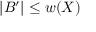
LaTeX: | B ^ { \prime } | \leq w ( X )